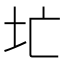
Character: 𪢷